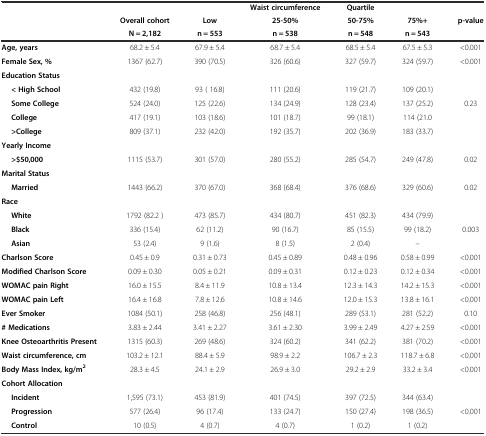
<table><thead><tr><td></td><td></td><td></td><td><b>Waist circumference</b></td><td><b>Quartile</b></td><td></td><td></td></tr><tr><td></td><td><b>Overall cohort</b></td><td><b>Low</b></td><td><b>25-50%</b></td><td><b>50-75%</b></td><td><b>75%+</b></td><td><b>p-value</b></td></tr><tr><td></td><td><b>N = 2,182</b></td><td><b>n = 553</b></td><td><b>n = 538</b></td><td><b>n = 548</b></td><td><b>n = 543</b></td><td></td></tr></thead><tbody><tr><td><b>Age, years</b></td><td>68.2 ± 5.4</td><td>67.9 ± 5.4</td><td>68.7 ± 5.4</td><td>68.5 ± 5.4</td><td>67.5 ± 5.3</td><td>&lt;0.001</td></tr><tr><td><b>Female Sex, %</b></td><td>1367 (62.7)</td><td>390 (70.5)</td><td>326 (60.6)</td><td>327 (59.7)</td><td>324 (59.7)</td><td>&lt;0.001</td></tr><tr><td><b>Education Status</b></td><td></td><td></td><td></td><td></td><td></td><td></td></tr><tr><td><b>&lt; High School</b></td><td>432 (19.8)</td><td>93 ( 16.8)</td><td>111 (20.6)</td><td>119 (21.7)</td><td>109 (20.1)</td><td></td></tr><tr><td><b>Some College</b></td><td>524 (24.0)</td><td>125 (22.6)</td><td>134 (24.9)</td><td>128 (23.4)</td><td>137 (25.2)</td><td>0.23</td></tr><tr><td><b>College</b></td><td>417 (19.1)</td><td>103 (18.6)</td><td>101 (18.7)</td><td>99 (18.1)</td><td>114 (21.0</td><td></td></tr><tr><td><b>&gt;College</b></td><td>809 (37.1)</td><td>232 (42.0)</td><td>192 (35.7)</td><td>202 (36.9)</td><td>183 (33.7)</td><td></td></tr><tr><td><b>Yearly Income</b></td><td></td><td></td><td></td><td></td><td></td><td></td></tr><tr><td><b>&gt;$50,000</b></td><td>1115 (53.7)</td><td>301 (57.0)</td><td>280 (55.2)</td><td>285 (54.7)</td><td>249 (47.8)</td><td>0.02</td></tr><tr><td><b>Marital Status</b></td><td></td><td></td><td></td><td></td><td></td><td></td></tr><tr><td><b>Married</b></td><td>1443 (66.2)</td><td>370 (67.0)</td><td>368 (68.4)</td><td>376 (68.6)</td><td>329 (60.6)</td><td>0.02</td></tr><tr><td><b>Race</b></td><td></td><td></td><td></td><td></td><td></td><td></td></tr><tr><td><b>White</b></td><td>1792 (82.2 )</td><td>473 (85.7)</td><td>434 (80.7)</td><td>451 (82.3)</td><td>434 (79.9)</td><td></td></tr><tr><td><b>Black</b></td><td>336 (15.4)</td><td>62 (11.2)</td><td>90 (16.7)</td><td>85 (15.5)</td><td>99 (18.2)</td><td>0.003</td></tr><tr><td><b>Asian</b></td><td>53 (2.4)</td><td>9 (1.6)</td><td>8 (1.5)</td><td>2 (0.4)</td><td>--</td><td></td></tr><tr><td><b>Charlson Score</b></td><td>0.45 ± 0.9</td><td>0.31 ± 0.73</td><td>0.45 ± 0.89</td><td>0.48 ± 0.96</td><td>0.58 ± 0.99</td><td>&lt;0.001</td></tr><tr><td><b>Modified Charlson Score</b></td><td>0.09 ± 0.30</td><td>0.05 ± 0.21</td><td>0.09 ± 0.31</td><td>0.12 ± 0.23</td><td>0.12 ± 0.34</td><td>&lt;0.001</td></tr><tr><td><b>WOMAC pain Right</b></td><td>16.0 ± 15.5</td><td>8.4 ± 11.9</td><td>10.8 ± 13.4</td><td>12.3 ± 14.3</td><td>14.2 ± 15.3</td><td>&lt;0.001</td></tr><tr><td><b>WOMAC pain Left</b></td><td>16.4 ± 16.8</td><td>7.8 ± 12.6</td><td>10.8 ± 14.6</td><td>12.0 ± 15.3</td><td>13.8 ± 16.1</td><td>&lt;0.001</td></tr><tr><td><b>Ever Smoker</b></td><td>1084 (50.1)</td><td>258 (46.8)</td><td>256 (48.1)</td><td>289 (53.1)</td><td>281 (52.2)</td><td>0.10</td></tr><tr><td><b># Medications</b></td><td>3.83 ± 2.44</td><td>3.41 ± 2.27</td><td>3.61 ± 2.30</td><td>3.99 ± 2.49</td><td>4.27 ± 2.59</td><td>&lt;0.001</td></tr><tr><td><b>Knee Osteoarthritis Present</b></td><td>1315 (60.3)</td><td>269 (48.6)</td><td>324 (60.2)</td><td>341 (62.2)</td><td>381 (70.2)</td><td>&lt;0.001</td></tr><tr><td><b>Waist circumference, cm</b></td><td>103.2 ± 12.1</td><td>88.4 ± 5.9</td><td>98.9 ± 2.2</td><td>106.7 ± 2.3</td><td>118.7 ± 6.8</td><td>&lt;0.001</td></tr><tr><td><b>Body Mass Index, kg/m</b><sup><b>2</b></sup></td><td>28.3 ± 4.5</td><td>24.1 ± 2.9</td><td>26.9 ± 3.0</td><td>29.2 ± 2.9</td><td>33.2 ± 3.4</td><td>&lt;0.001</td></tr><tr><td><b>Cohort Allocation</b></td><td></td><td></td><td></td><td></td><td></td><td></td></tr><tr><td><b>Incident</b></td><td>1,595 (73.1)</td><td>453 (81.9)</td><td>401 (74.5)</td><td>397 (72.5)</td><td>344 (63.4)</td><td></td></tr><tr><td><b>Progression</b></td><td>577 (26.4)</td><td>96 (17.4)</td><td>133 (24.7)</td><td>150 (27.4)</td><td>198 (36.5)</td><td>&lt;0.001</td></tr><tr><td><b>Control</b></td><td>10 (0.5)</td><td>4 (0.7)</td><td>4 (0.7)</td><td>1 (0.2)</td><td>1 (0.2)</td><td></td></tr></tbody></table>